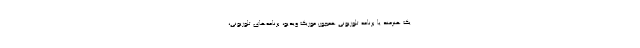
یک هنرمند یا برنامه تلوزیونی همچون موزیک ویدیو، برنامه‌های تلوزیونی،